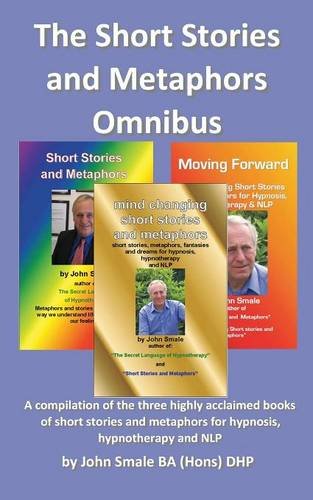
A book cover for The Short Stories and Metaphors Omnibus. a Compilation of the Three Highly Acclaimed Books of Short Stories and Metaphors for Hypnosis, Hypnotherapy a; John Smale; Self-Help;